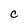
Character: c